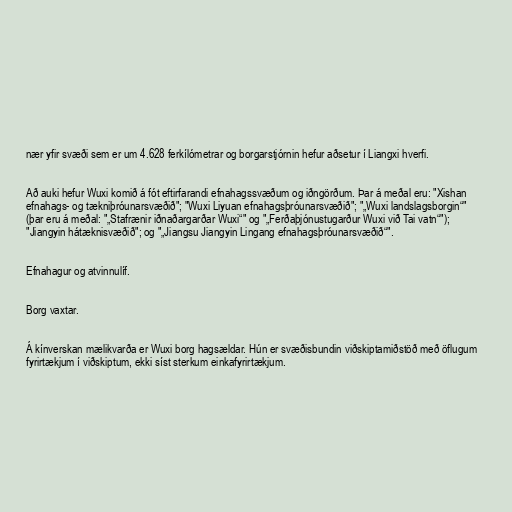
nær yfir svæði sem er um 4.628 ferkílómetrar og borgarstjórnin hefur aðsetur í Liangxi hverfi.

Að auki hefur Wuxi komið á fót eftirfarandi efnahagssvæðum og iðngörðum. Þar á meðal eru: "Xishan
efnahags- og tækniþróunarsvæðið"; "Wuxi Liyuan efnahagsþróunarsvæðið"; "„Wuxi landslagsborgin“"
(þar eru á meðal: "„Stafrænir iðnaðargarðar Wuxi“" og "„Ferðaþjónustugarður Wuxi við Tai vatn“");
"Jiangyin hátæknisvæðið"; og "„Jiangsu Jiangyin Lingang efnahagsþróunarsvæðið“".

Efnahagur og atvinnulíf.

Borg vaxtar.

Á kínverskan mælikvarða er Wuxi borg hagsældar. Hún er svæðisbundin viðskiptamiðstöð með öflugum
fyrirtækjum í viðskiptum, ekki síst sterkum einkafyrirtækjum.